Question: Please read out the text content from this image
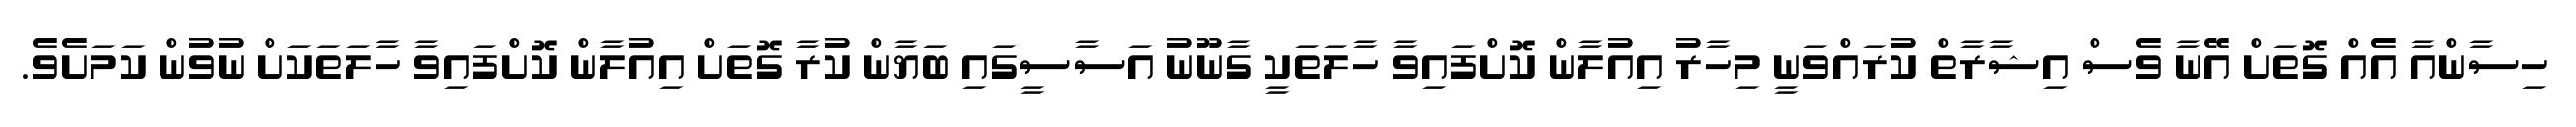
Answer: ހިސާންއާ އެއް ގޮތަށް އޭނާ ވެސް އިޝާރާތް ކުރައްވަނީ މިހާރު އިއުލާން ކޮށްފައިވާ ހާލަތަކީ ގާނޫނު އަސާސީގައި ބަޔާން ކުރާ ގޮތަށް އިއުލާން ކޮށްފައިވާ ހާލަތަކަށް ނުވުން ކަމަށެވެ.